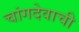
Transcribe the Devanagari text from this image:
चांगदेवाची